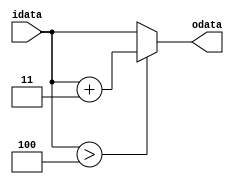
module adjust (

	input	wire	[3:0]		idata,
	
	output	wire	[3:0]		odata
);
	
	assign	odata = idata > 4 ? idata + 2'd3 : idata;

endmodule